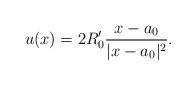
LaTeX: \begin{align*} u(x) = 2 R_0' \frac{x-a_0}{|x-a_0|^2}. \end{align*}